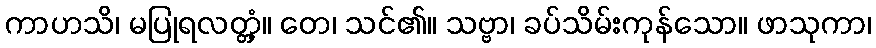
ကာဟသိ၊ မပြုရလတ္တံ့။ တေ၊ သင်၏။ သဗ္ဗာ၊ ခပ်သိမ်းကုန်သော။ ဖာသုကာ၊